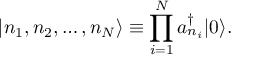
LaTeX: | n _ { 1 } , n _ { 2 } , \dots , n _ { N } \rangle \equiv \prod _ { i = 1 } ^ { N } a _ { n _ { i } } ^ { \dagger } | 0 \rangle .